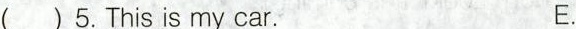
( ) 5.This is my car. E.